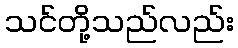
သင်တို့သည်လည်း